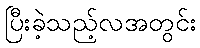
ပြီးခဲ့သည့်လအတွင်း